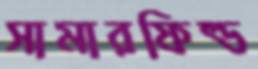
সামারফিল্ড